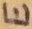
Text: E